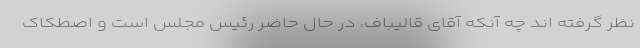
نظر گرفته اند چه آنکه آقای قالیباف، در حال حاضر رئیس مجلس است و اصطکاک